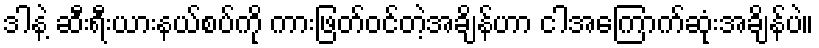
ဒါနဲ့ ဆီးရီးယားနယ်စပ်ကို ကားဖြတ်ဝင်တဲ့အချိန်ဟာ ငါအကြောက်ဆုံးအချိန်ပဲ။